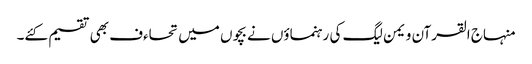
منہاج القرآن ویمن لیگ کی رہنماؤں نے بچوں میں تحاءف بھی تقسیم کئے۔